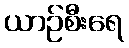
ယာဉ်စီးရေ